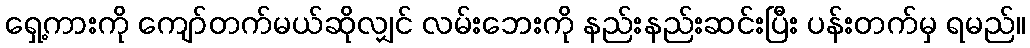
ရှေ့ကားကို ကျော်တက်မယ်ဆိုလျှင် လမ်းဘေးကို နည်းနည်းဆင်းပြီး ပန်းတက်မှ ရမည်။